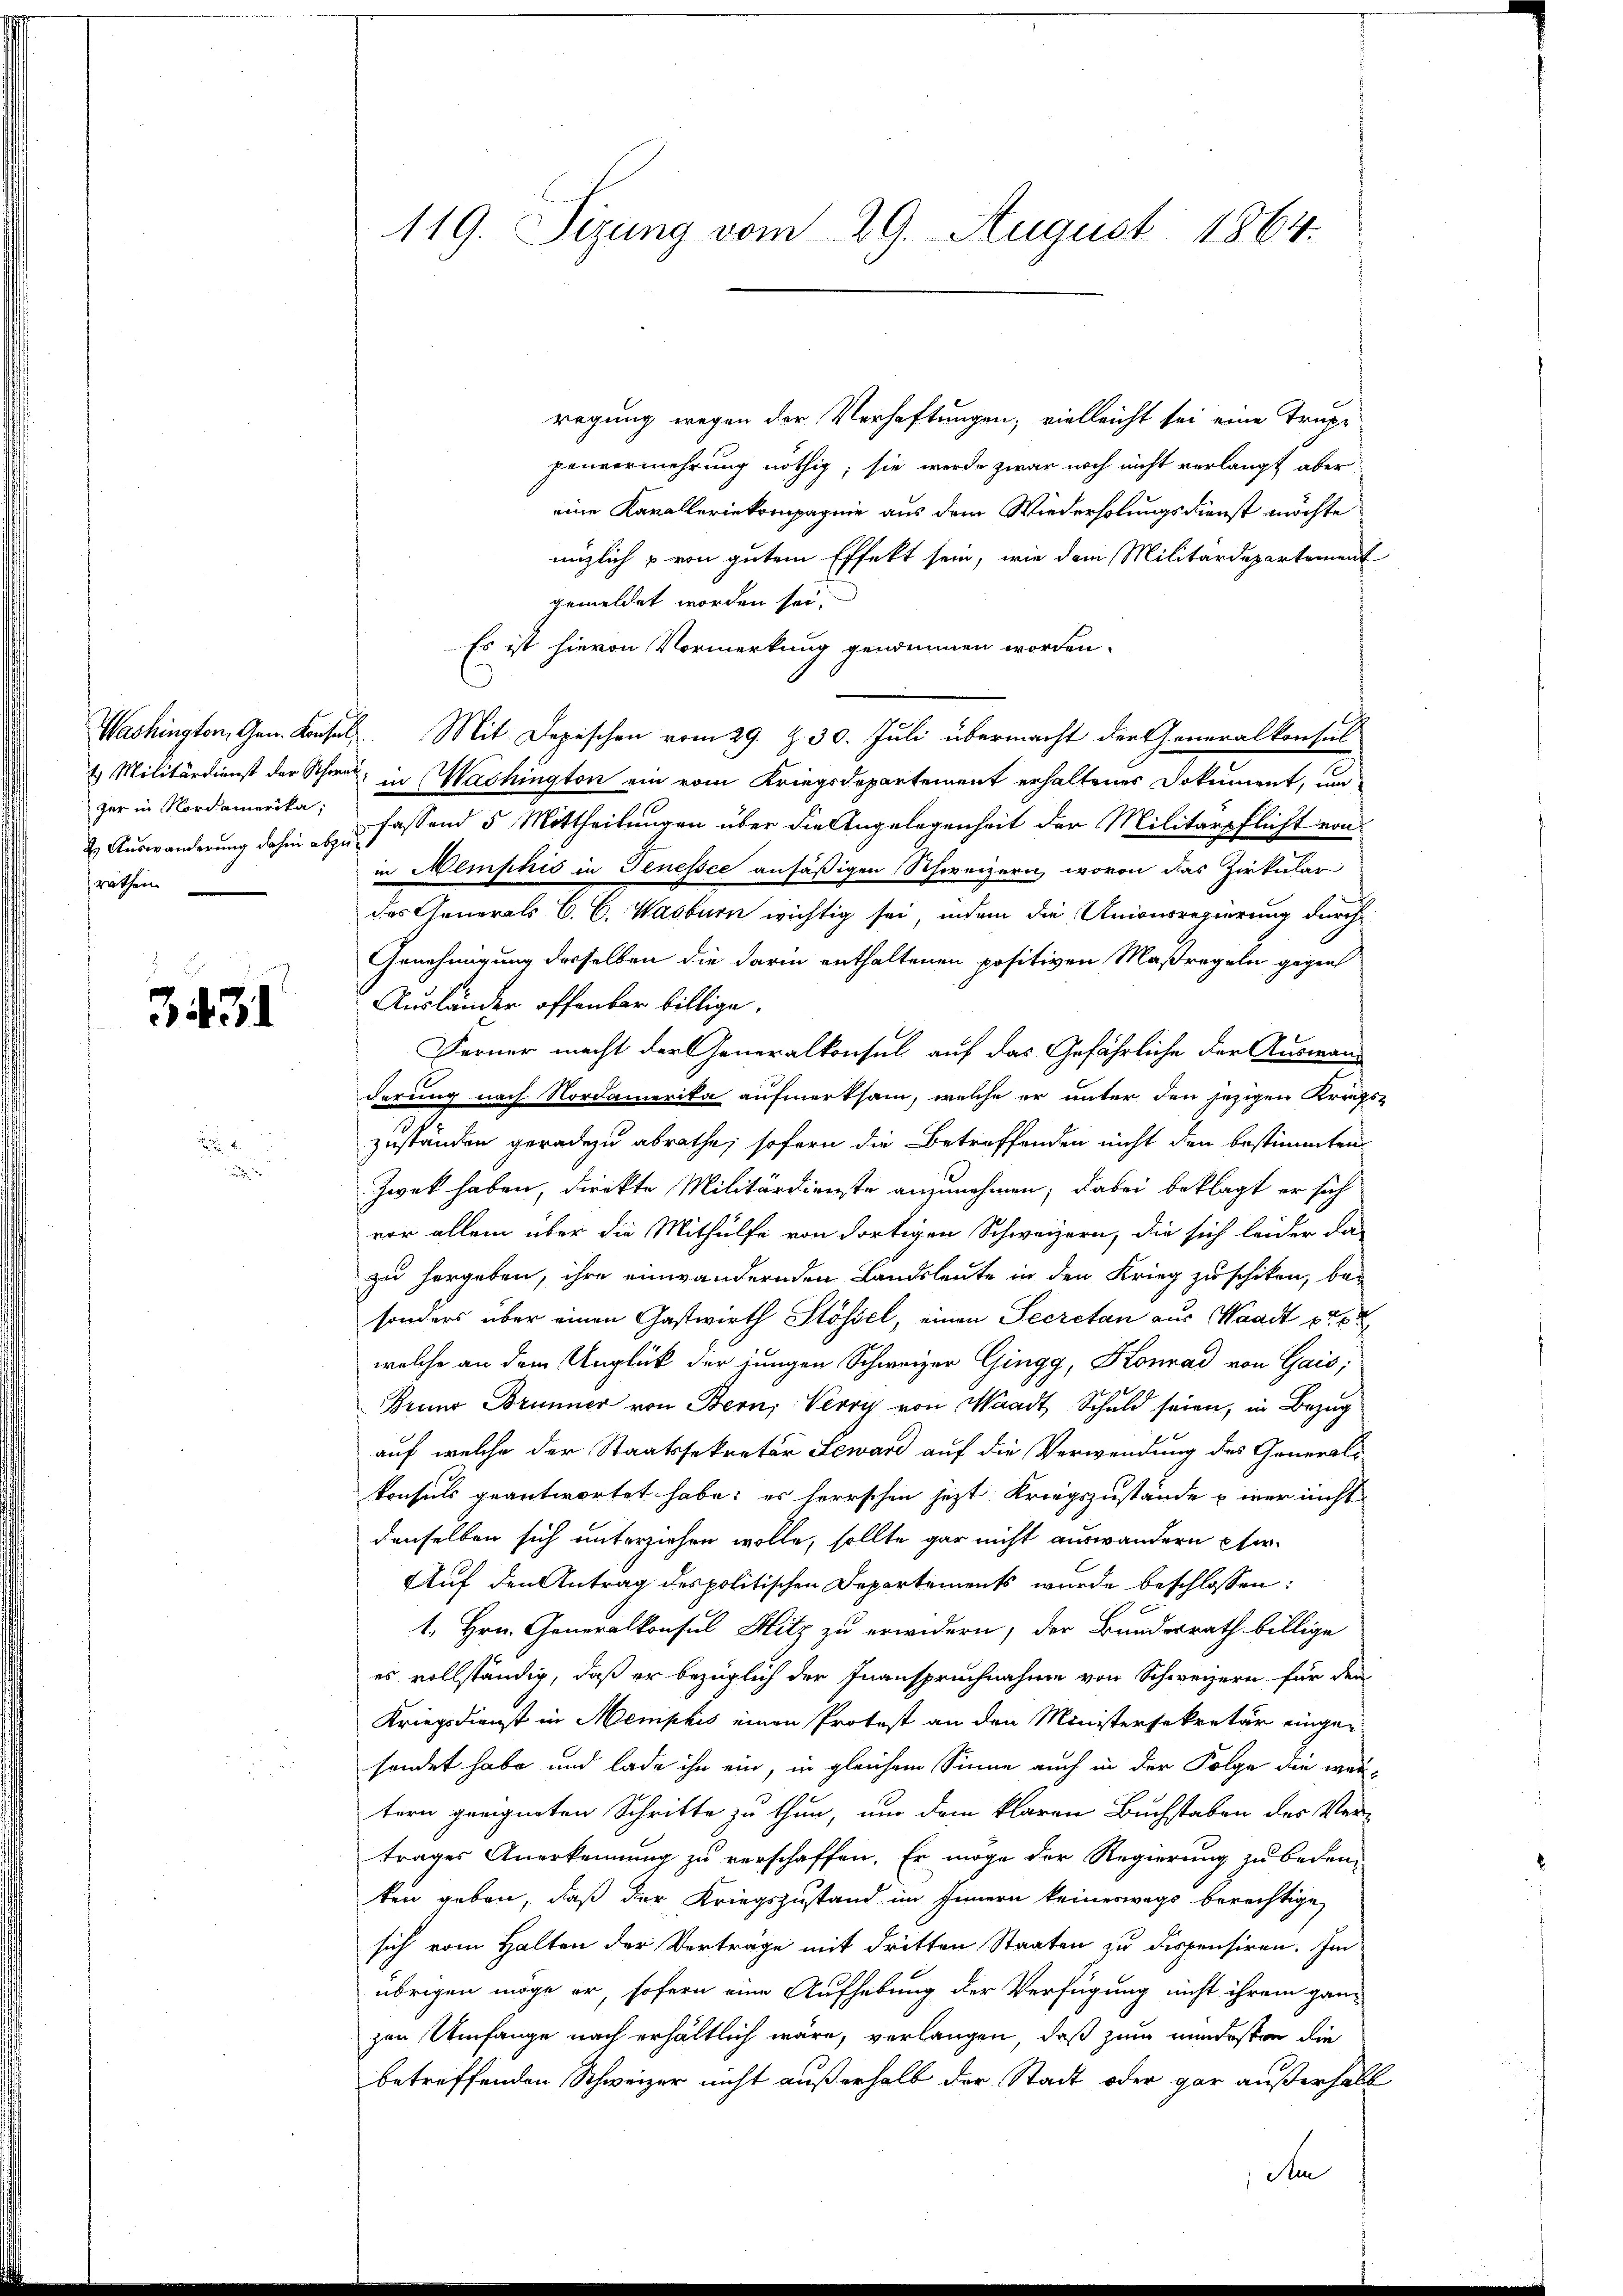
2. Auswanderung dahin abzuräthen

3431

A

119. Sizung vom 29. August 1864.

regung wegen der Verhaftungen, vielleicht sei eine Trupe
penvermehrung nöthig, sie werde zwar noch nicht verlangt aber
eine Kavalleriekompagnie aus dem Wiederholungsdienst möchte
nüzlich u von gutem Effekt sein, wie dem Militärdepartement
gemeldet worden sei.
Es ist hievon Vormerkung genommen worden.
Washington, Gen. Konsuls Mit Depeschen vom 29. Z. 30. Juli übermacht der Generalkonsul
2. Militärdienst der Schwer, in Wachington ein vom Kriegsdepartement erhaltenes Dokument, un
zer in Nordamerika, fassend 5 Mittheilungen über die Angelegenheit der Militärpflicht von
in Memphis in Genessee ansäßigen Schweizern, wovon das Zirkular
des Generals C. C. Wasburn wichtig sei, indem die Unionsregierung durch
Genehmigung derselben die darin enthaltenen positiven Maßregeln gegen
Ausländer offenbar billige.
Ferner macht der Generalkonsul auf das Gefährliche der Auswand
derung nach Nordamerika aufmerksam, welche er unter den jezigen Kreifszuständen geradezu abrathe, sofern die Betreffenden nicht den bestimmten
Zwek haben, direkte Militärdienste anzunehmen; dabei beklagt er sich
vor allem über die Mithülfe von dortigen Schweizern, die sich leider da-
zu hergeben, ihre einwändernden Landsleute in den Krieg zu schiken, be-
sonders über einen Gastwirth Stössel, einen Secretan aus Waadt pr 6
welche an dem Unglück der jungen Schweizer Gingg, Konrad von Gais;
Beun Brunner von Bern, Verry von Waadt Schuld seien, in Bezug
auf welche der Staatssekretär Leward auf die Verwendung des Generalikonsuls geantwortet habe; es herrschen jetzt Kriegszustände wer nicht
denselben sich unterziehen wolle, sollte gar nicht auswandern er¬
Auf den Antrag des politischen Departements wurde beschlossen:
1. Hrn. Generalkonsul Hitz zu erwidern, der Bundesrath billige
es vollständig, daß er bezüglich der Inanspruchnahme von Schweizern für den
Kriegsdienst in Meniphis einen Protest an den Ministersekretär eingen-
sondet habe und lade ihn ein, in gleichem Sinne auch in der Folge die weitern geeigneten Schritte zu thun, und dem klaren Buchstaben des Ver-
trages Anerkennung zu verschaffen. Er möge der Regierung zu bedeu-
ken geben, daß der Kriegszustand im Innern keineswegs berechtige
sich vom Halten der Verträge mit dritten Staaten zu dispensiren. Im
übrigen möge er, sofern eine Aufhebung der Verfügung nicht ihrem ganz
zen Umfange nach erhältlich wäre, verlangen, daß zum mindesten die
betreffenden Schweizer nicht außerhalb der Stadt oder gar außerhalb
Aen